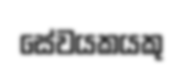
සේවයකයකු